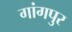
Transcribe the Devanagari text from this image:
गांगपुर